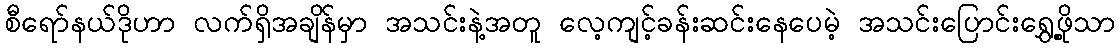
စီရော်နယ်ဒိုဟာ လက်ရှိအချိန်မှာ အသင်းနဲ့အတူ လေ့ကျင့်ခန်းဆင်းနေပေမဲ့ အသင်းပြောင်းရွှေ့ဖို့သာ